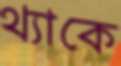
থ্যাকে